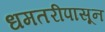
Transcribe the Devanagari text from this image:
धमतरीपासून